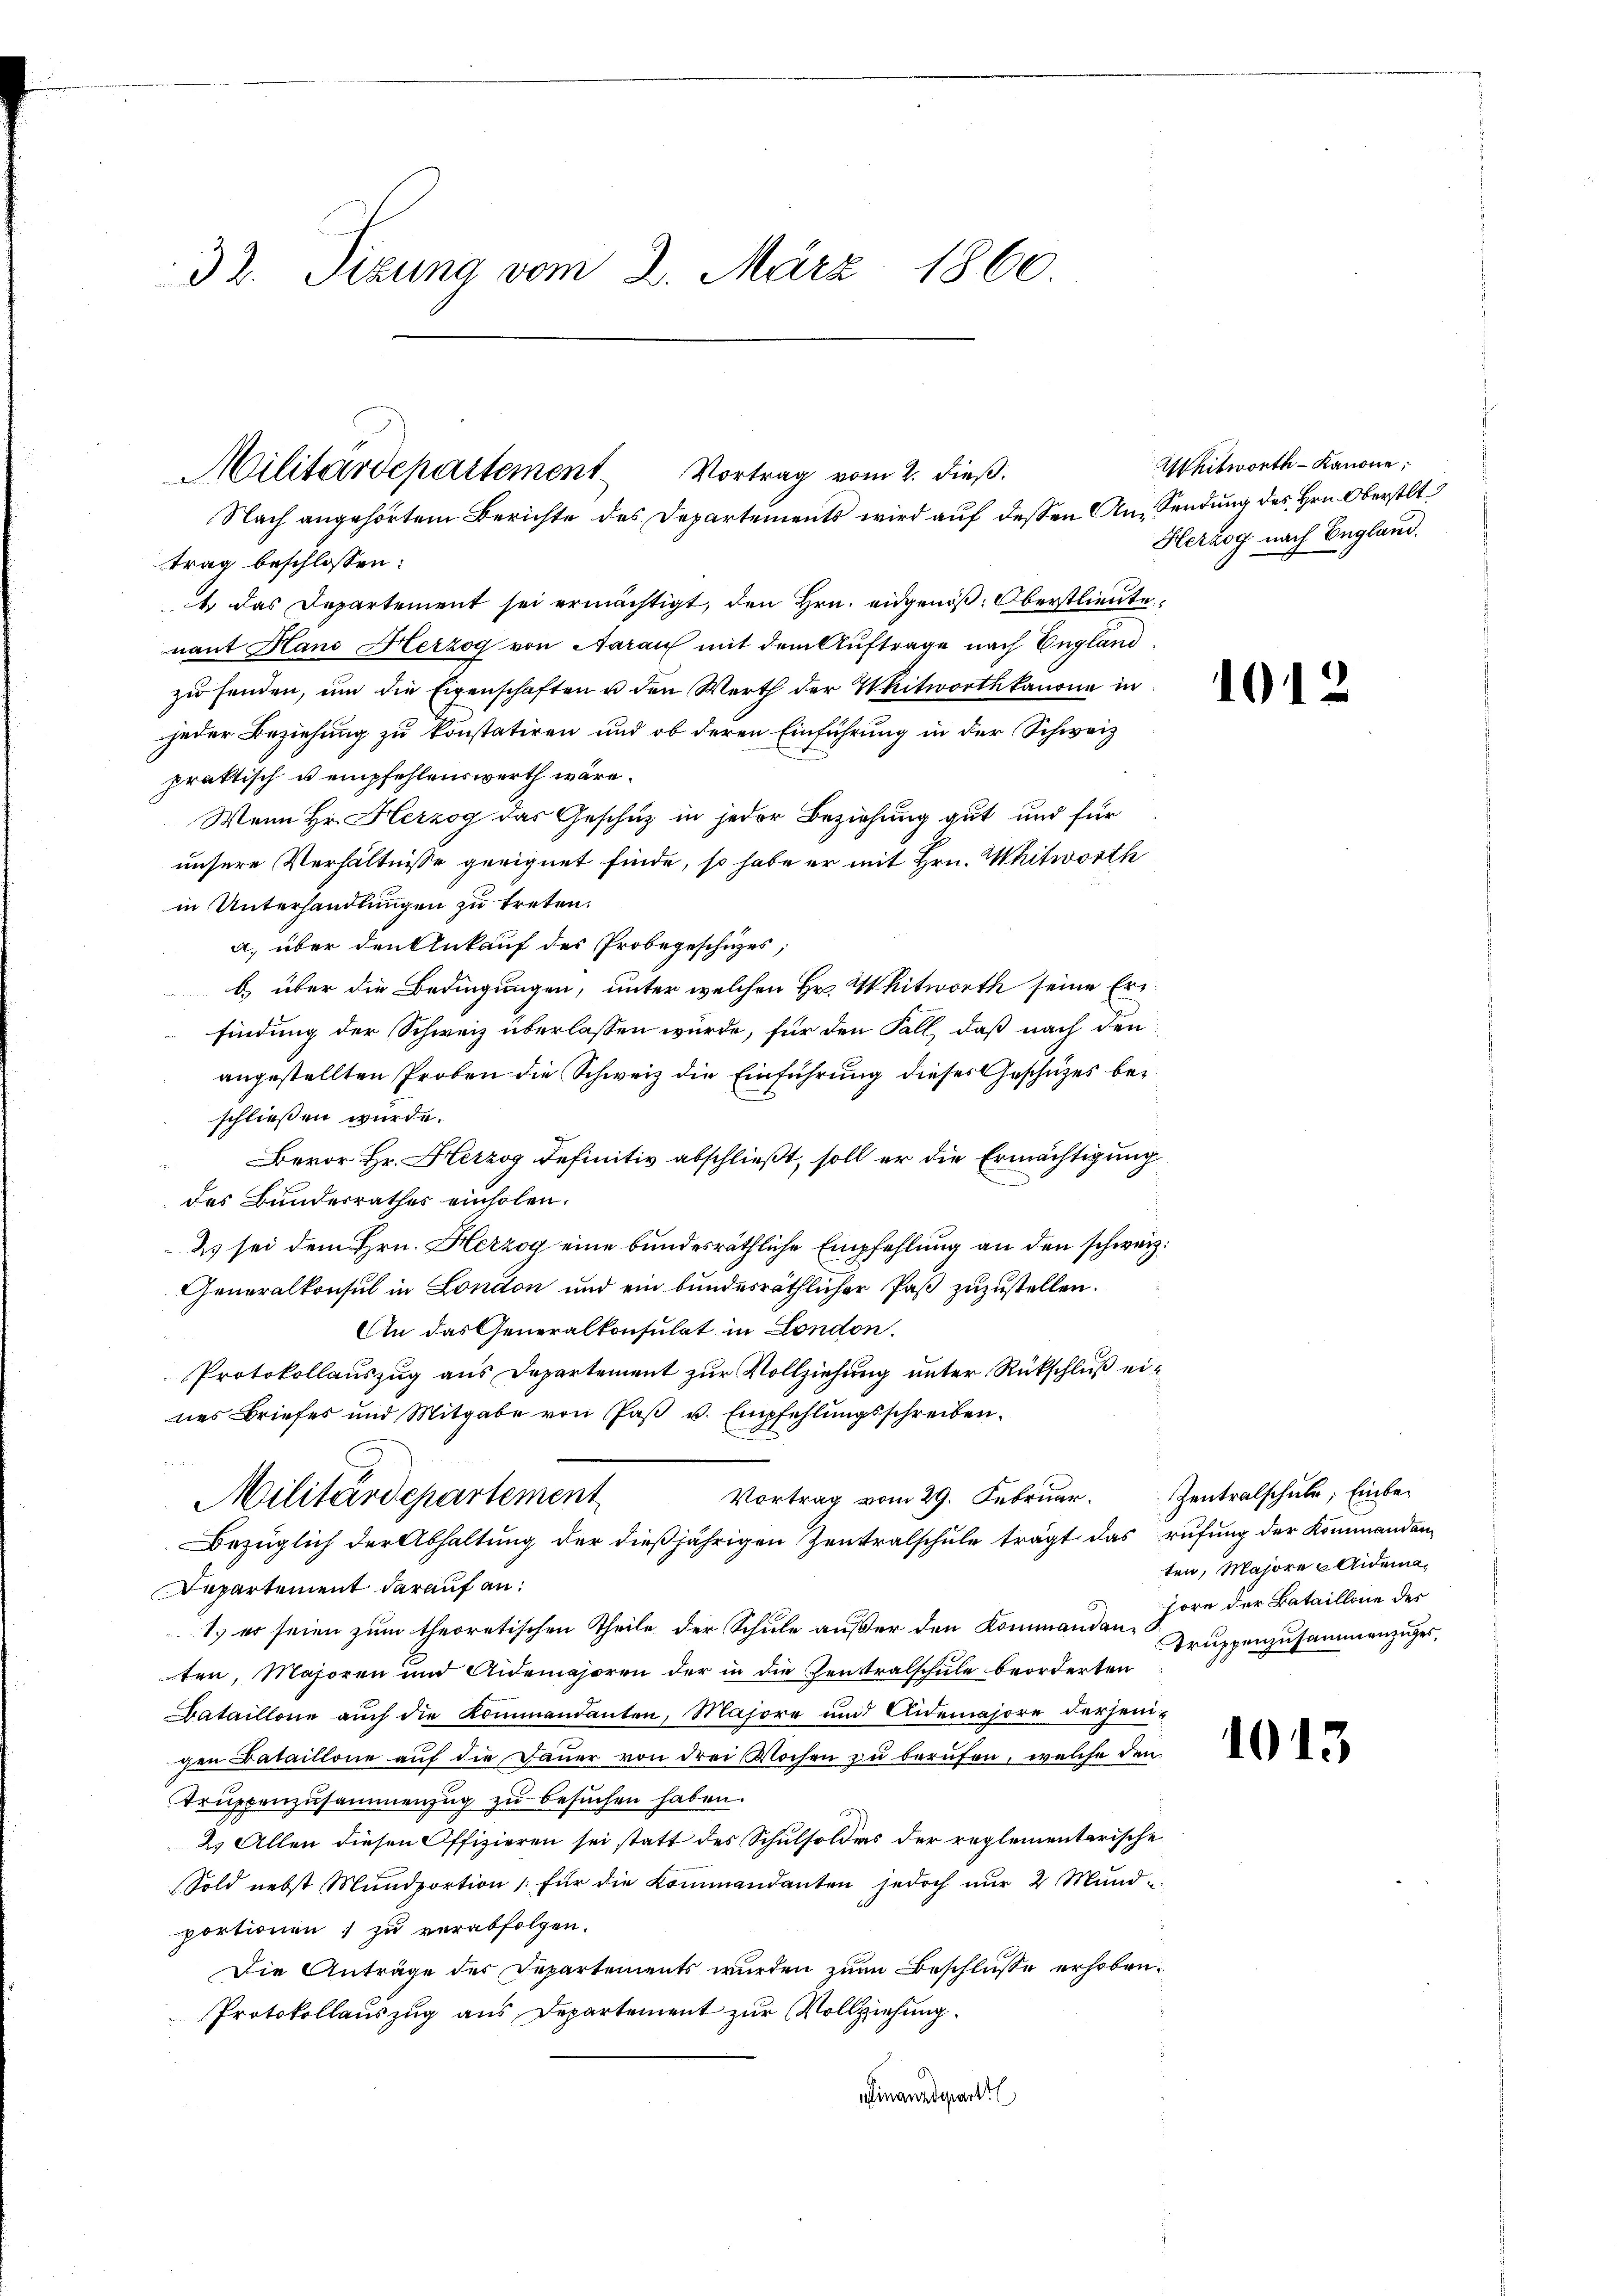
32. Sizung vom 2. März 1860.

Militärdepartement
Vortrag vom 2. dieß.
Nach angehörtem Berichte des Departements wird auf dessen An- Sendung des Hrn. Oberstlt

trag beschlossen:
1 das Departement sei ermächtigt, den Hrn. eidgenöß. Oberstlieute
nant Hans Herzog von Aarauf mit dem Auftrage nach England
zu senden, um die Eigenschaften u den Werth der Witworthkanone in
jeder Beziehung zu konstatiren und ob deren Einführung in der Schweiz
praktisch u empfehlenswerth wäre.
Mann Hr. Herzog das Geschuz in jeder Beziehung gut und für
unsere Verhältnisse geeignet finde, so habe er mit Hrn. Whitworth
in Unterhandlungen zu treten.
a) über den Ankauf des Probegeschüzes;
b über die Bedingungen, unter welchen Hr. Witworth seine Erifindung der Schweiz überlassen würde, für den Fall, daß nach den
angestellten Proben die Schweiz die Einführung dieses Geschüzes bei
schließen wurde.
Bevor Hr. Herzog definitiv abschließt, soll er die Ermächtigung
des Bundesrathes einholen.
2) sei dem Hrn. Herzog eine bundesräthliche Empfehlung an den schweiz.
Generalkonsul in London und ein bundesräthlicher Paß zuzustellen.
An das Generalkonsulat in London.
Protokollauszug aus Departement zur Vollziehung unter Rückschluß eines Briefes und Mitgabe von Paß u. Empfehlungsschreiben.

Vortrag vom 29. Februar. Zentralschŭle; Einbe¬
Militärdepartement
Bezüglich der Abhaltung der dießjährigen Zentralschule trägt das rufung der Kommandan
Repartement darauf an:
1.) er seien zum theoretischen Theile der Schule außer den Kommanden Zorn der Bataillone des
ten, Majoren und Aidemajoren der in die Zentralschule beorderten
Bataillone aŭch die Kommandanten, Majore und Aidemajore derjeni-
gen Bataillone auf die Dauer von drei Wochen zu berufen, welche den
Truppenzusammenzug zu besuchen haben.
2.) Allen diesen Offizieren sei statt des Schulsoldes der reglementarische
Sold nebst Mündportion für die Kommandanten jedoch nŭr 2 Mŭnd-
portionen, zu verabfolgen.
Die Anträge der Departements wurden zum Beschlüsse erhoben.
Protokollauszug aus Departement zur Vollziehung.
inanzdeparti

Whitworth - Kanone;
Herzog nach England.

1012

ten, Majore Aidema
Truppenzusammenzuges,

1043